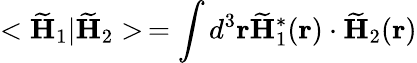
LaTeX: <\widetilde{\mathbf H}_{1}|\widetilde{\mathbf H}_{2}>\, =\int d^{3}{\mathbf r}\widetilde{\mathbf H}_{1}^{*}({\mathbf r})\cdot\widetilde{\mathbf H}_{2}({\mathbf r})